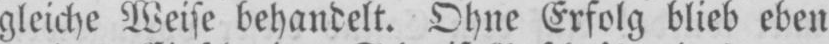
gleiche Weise behandelt. Ohne Erfolg blieb eben